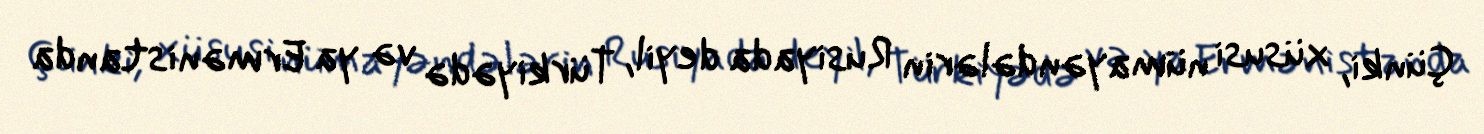
Çünki, xüsusi nümayəndələrin Rusiyada deyil, Türkiyədə və ya Ermənistanda